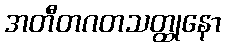
အတီတဂတသတ္ထုနော